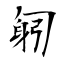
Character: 匑